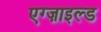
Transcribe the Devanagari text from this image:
एग्ज़ाइल्ड